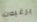
يرغبون